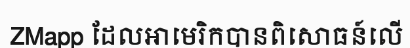
ZMapp ដែលអាមេរិកបានពិសោធន៍លើ